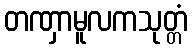
တဏှာမူလကသုတ္တံ